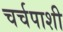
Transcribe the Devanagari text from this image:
चर्चपाशी